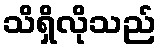
သိရှိလိုသည်